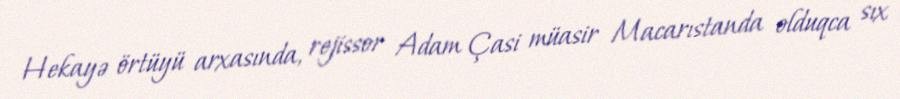
Hekayə örtüyü arxasında, rejissor Adam Çasi müasir Macarıstanda olduqca sıx